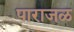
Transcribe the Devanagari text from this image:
पाराजळ